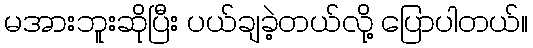
မအားဘူးဆိုပြီး ပယ်ချခဲ့တယ်လို့ ပြောပါတယ်။